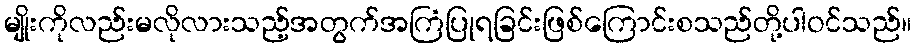
မျိုးကိုလည်းမလိုလားသည့်အတွက်အကြံပြုရခြင်းဖြစ်ကြောင်းစသည်တို့ပါဝင်သည်။